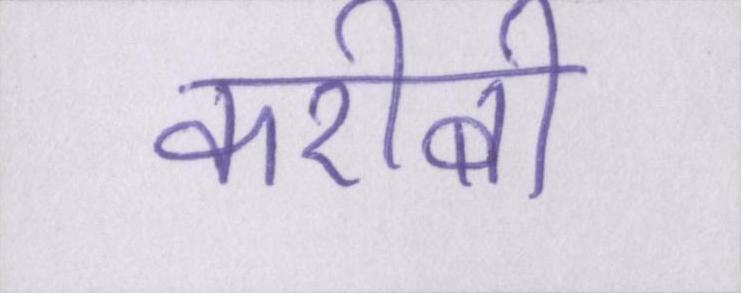
करीबी